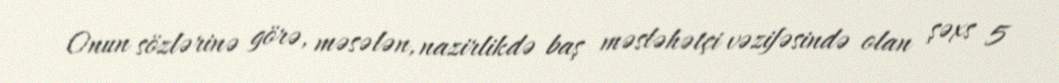
Onun sözlərinə görə, məsələn, nazirlikdə baş məsləhətçi vəzifəsində olan şəxs 5